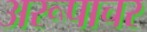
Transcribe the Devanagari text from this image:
अरूपाचर